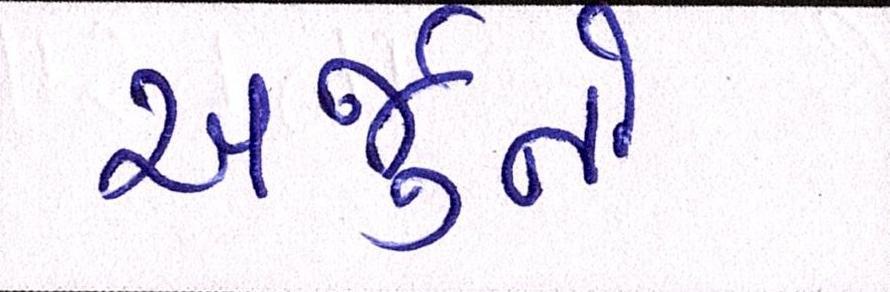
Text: અર્જુનો